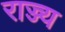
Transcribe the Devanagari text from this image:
राज्ज्य